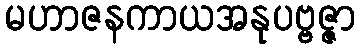
မဟာဇနကာယအနုပဗ္ဗဇ္ဇာ